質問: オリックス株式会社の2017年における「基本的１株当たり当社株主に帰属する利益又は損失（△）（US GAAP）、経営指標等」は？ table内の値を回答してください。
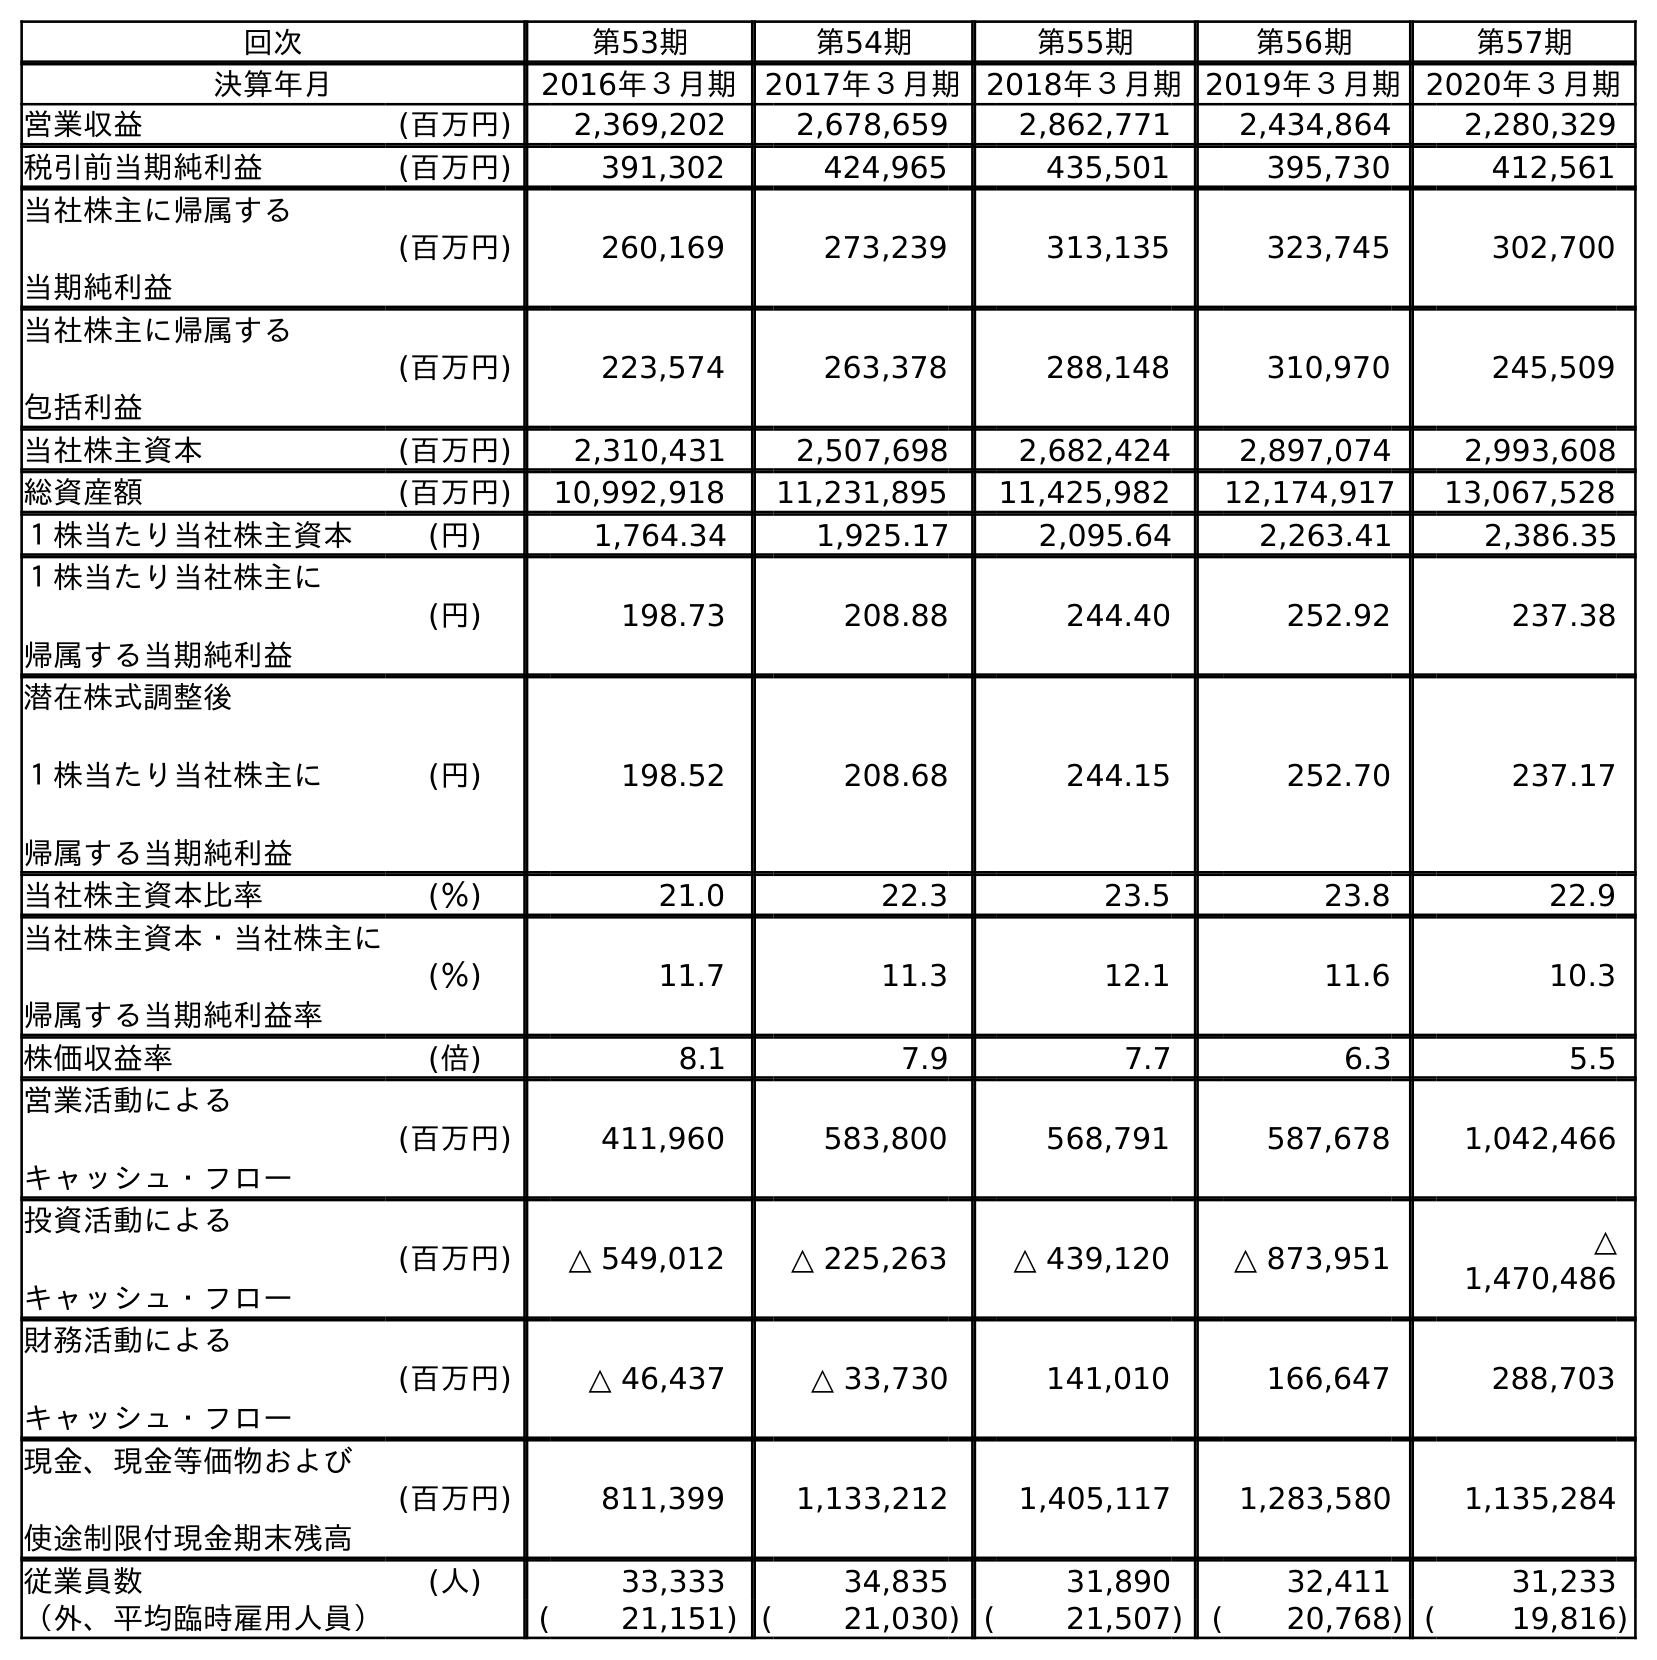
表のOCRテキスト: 回次 第53期 第54期 第55期 第56期 第57期 決算年月 2016年３月期 2017年３月期 2018年３月期2019年３月期2020年３月期 営業収益 (百万円) 2,369,202 2,678,659 2,862,771 2,434,864 2,280,329 税引前当期純利益 (百万円) 391,302 424,965 435,501 395,730 412,561 当社株主に帰属する 当期純利益 (百万円) 260,169 273,239 313,135 323,745 302,700 当社株主に帰属する 包括利益 (百万円) 223,574 263,378 288,148 310,970 245,509 当社株主資本 (百万円) 2,310,431 2,507,698 2,682,424 2,897,074 2,993,608 総資産額 (百万円) 10,992,918 11,231,895 11,425,982 12,174,917 13,067,528 １株当たり当社株主資本 (円) 1,764.34 1,925.17 2,095.64 2,263.41 2,386.35 １株当たり当社株主に 帰属する当期純利益 (円) 198.73 208.88 244.40 252.92 237.38 潜在株式調整後 １株当たり当社株主に 帰属する当期純利益 (円) 198.52 208.68 244.15 252.70 237.17 当社株主資本比率 (％) 21.0 22.3 23.5 23.8 22.9 当社株主資本・当社株主に 帰属する当期純利益率 (％) 11.7 11.3 12.1 11.6 10.3 株価収益率 (倍) 8.1 7.9 7.7 6.3 5.5 営業活動による キャッシュ・フロー (百万円) 411,960 583,800 568,791 587,678 1,042,466 投資活動による キャッシュ・フロー (百万円) △ 549,012 △ 225,263 △ 439,120 △ 873,951 △ 1,470,486 財務活動による キャッシュ・フロー (百万円) △ 46,437 △ 33,730 141,010 166,647 288,703 現金、現金等価物および 使途制限付現金期末残高 (百万円) 811,399 1,133,212 1,405,117 1,283,580 1,135,284 従業員数 (人) 33,333 34,835 31,890 32,411 31,233 （外、平均臨時雇用人員） ( 21,151) ( 21,030) ( 21,507) ( 20,768) ( 19,816)
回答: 208.88